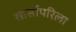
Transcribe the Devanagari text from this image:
सार्सापरिला